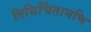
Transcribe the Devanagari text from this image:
तिथिचिंतामणि